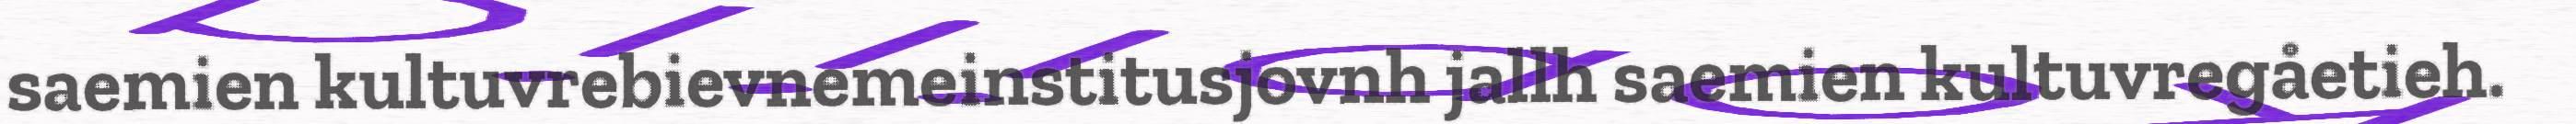
saemien kultuvrebievnemeinstitusjovnh jallh saemien kultuvregåetieh.